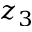
z _ { 3 }